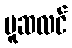
မူဆလင်